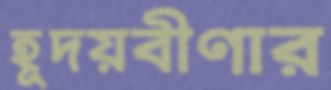
হূদয়বীণার